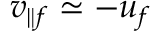
v _ { \parallel f } \simeq - u _ { f }